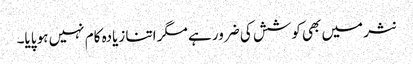
نثر میں بھی کوشش کی ضرور ہے مگر اتنا زیادہ کام نہیں ہو پایا۔